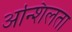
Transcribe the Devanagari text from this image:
अन्शिलता